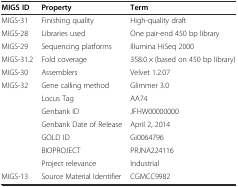
<table><thead><tr><td><b>MIGS ID</b></td><td><b>Property</b></td><td><b>Term</b></td></tr></thead><tbody><tr><td>MIGS-31</td><td>Finishing quality</td><td>High-quality draft</td></tr><tr><td>MIGS-28</td><td>Libraries used</td><td>One pair-end 450 bp library</td></tr><tr><td>MIGS-29</td><td>Sequencing platforms</td><td>Illumina HiSeq 2000</td></tr><tr><td>MIGS-31.2</td><td>Fold coverage</td><td>358.0 × (based on 450 bp library)</td></tr><tr><td>MIGS-30</td><td>Assemblers</td><td>Velvet 1.2.07</td></tr><tr><td>MIGS-32</td><td>Gene calling method</td><td>Glimmer 3.0</td></tr><tr><td></td><td>Locus Tag</td><td>AA74</td></tr><tr><td></td><td>Genbank ID</td><td>JFHW00000000</td></tr><tr><td></td><td>Genbank Date of Release</td><td>April 2, 2014</td></tr><tr><td></td><td>GOLD ID</td><td>Gi0064796</td></tr><tr><td></td><td>BIOPROJECT</td><td>PRJNA224116</td></tr><tr><td></td><td>Project relevance</td><td>Industrial</td></tr><tr><td>MIGS-13</td><td>Source Material Identifier</td><td>CGMCC9982</td></tr></tbody></table>